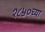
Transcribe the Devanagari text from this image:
१८५०च्या